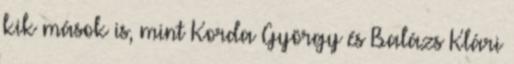
kik mások is, mint Korda György és Balázs Klári